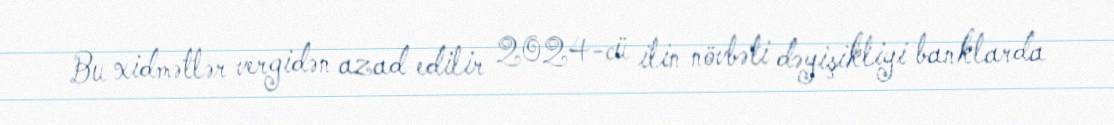
Bu xidmətlər vergidən azad edilir 2024-cü ilin növbəti dəyişikliyi banklarda